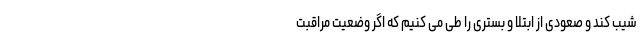
شیب کند و صعودی از ابتلا و بستری را طی می کنیم که اگر وضعیت مراقبت